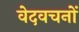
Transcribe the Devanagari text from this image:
वेदवचनों